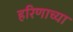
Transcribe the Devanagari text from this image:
हरिणाच्या